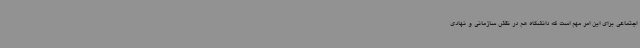
اجتماعی برای این امر مهم است که دانشگاه هم در نقش سازمانی و نهادی